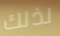
لذلك